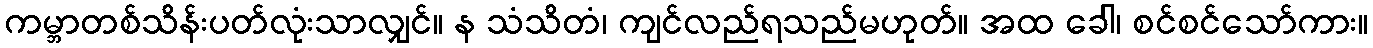
ကမ္ဘာတစ်သိန်းပတ်လုံးသာလျှင်။ န သံသိတံ၊ ကျင်လည်ရသည်မဟုတ်။ အထ ခေါ၊ စင်စင်သော်ကား။